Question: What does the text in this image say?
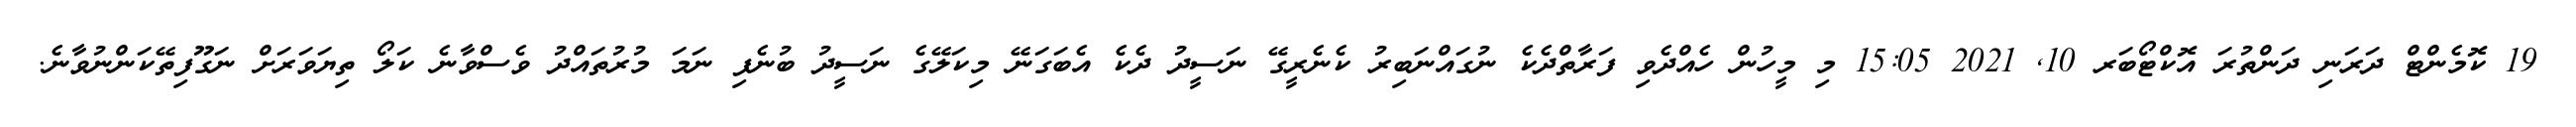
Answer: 19 ކޮމެންޓް ދަރަނި ދަންތުރަ އޮކްޓޯބަރ 10, 2021 15:05 މި މީހުން ހެއްދެވި ފަރާތްދެކެ ނުގައްނަބިރު ކެނެރީގޭ ނަސީދު ދެކެ އެބަގަނޭ މިކަލޭގެ ނަސީދު ބުނެފި ނަމަ މުރުތައްދު ވެސްވާނެ ކަލޯ ތިޔަވަރަށް ނަގޫފިތޭކަންނުވާނެ.